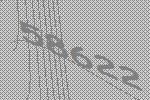
58622